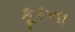
કૂકના